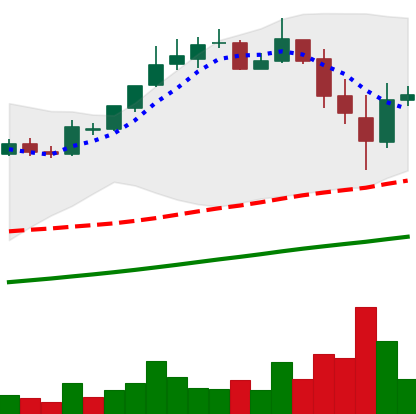
Ticker: BTC-USD
Chart end date: 2017-11-14
Forward return: 21.109%
Label: up_7plus